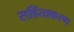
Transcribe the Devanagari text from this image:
सहिंताकरण